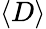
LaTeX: \left<D\right>